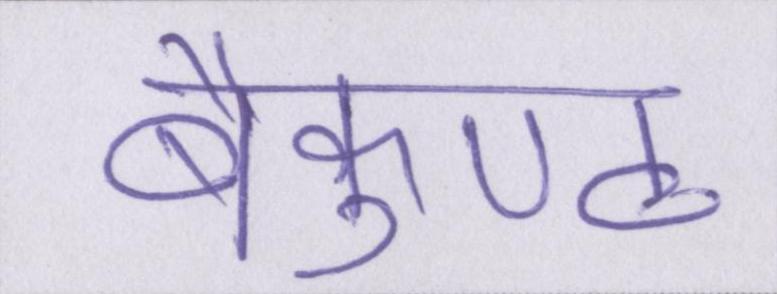
बैकुण्ठ